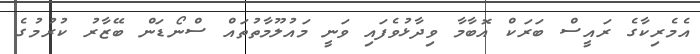
އެމެރިކާގެ ރައީސް ބަރަކް އޮބާމާ ވިދާޅުވެފައި ވަނީ މައުލޫމާތުތައް ސްނޯޑަން ބޭޒާރު ކުރުމުގެ